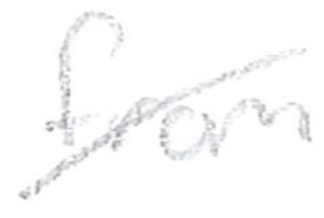
Text: from
Cross-out: diagonal
Writing tool: pencil